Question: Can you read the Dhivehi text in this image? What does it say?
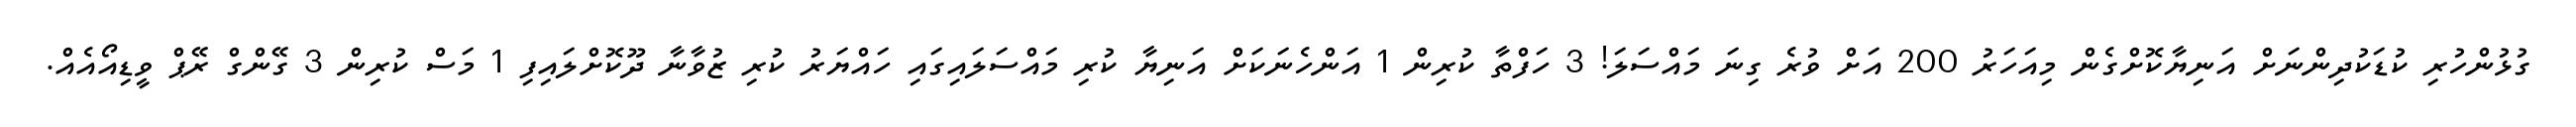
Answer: ގުޅުންހުރި ކުޑަކުދިންނަށް އަނިޔާކޮށްގެން މިއަހަރު 200 އަށް ވުރެ ގިނަ މައްސަލަ! 3 ހަފްތާ ކުރިން 1 އަންހެނަކަށް އަނިޔާ ކުރި މައްސަލައިގައި ހައްޔަރު ކުރި ޒުވާނާ ދޫކޮށްލައިފި 1 މަސް ކުރިން 3 ގޭންގް ރޭޕް ވީޑިއޯއެއް.